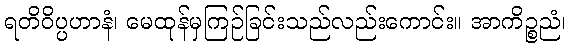
ရတိဝိပ္ပဟာနံ၊ မေထုန်မှကြဉ်ခြင်းသည်လည်းကောင်း။ အာကိဉ္စညံ၊